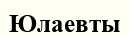
Юлаевты